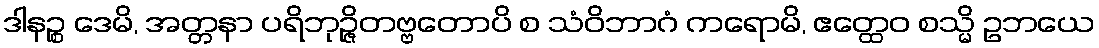
ဒါနဉ္စ ဒေမိ, အတ္တနာ ပရိဘုဉ္ဇိတဗ္ဗတောပိ စ သံဝိဘာဂံ ကရောမိ, ဧတ္ထေဝ စသ္မိ ဥဘယေ